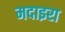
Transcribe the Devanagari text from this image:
मदाइरा